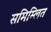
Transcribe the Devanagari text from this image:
समिम्लित